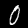
Label: 0